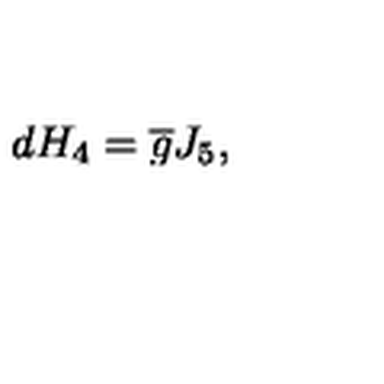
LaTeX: d H _ { 4 } = \overline { { g } } J _ { 5 } ,